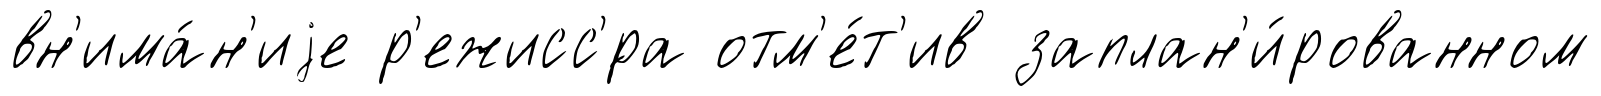
вн'има́н'иjе р'ежисс'́ра отм'е́т'ив заплан'и́рованном